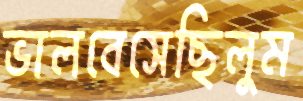
ভালবেসেছিলুম